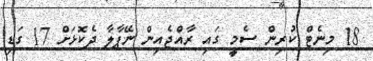
18 މިނެޓް ކުރިން ސެމީ ގައި ރާއްޖެއިން ނޭޕާލާ ދެކޮޅަށް 17 ގަޑި